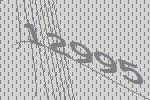
12995